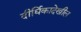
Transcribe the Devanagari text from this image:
दीर्घिकादेखील